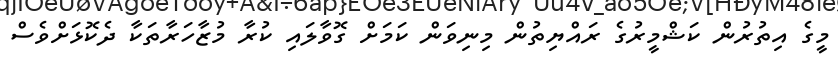
މީގެ އިތުރުން ކަޝްމީރުގެ ރައްޔިތުން މިނިވަން ކަމަށް ގޮވާލައި ކުރާ މުޒާހަރާތަކާ ދެކޮޅަށްވެސް